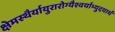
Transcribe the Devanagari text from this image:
क्षेमस्थैर्यायुरारोग्यैश्वर्याभ्युदयार्थं